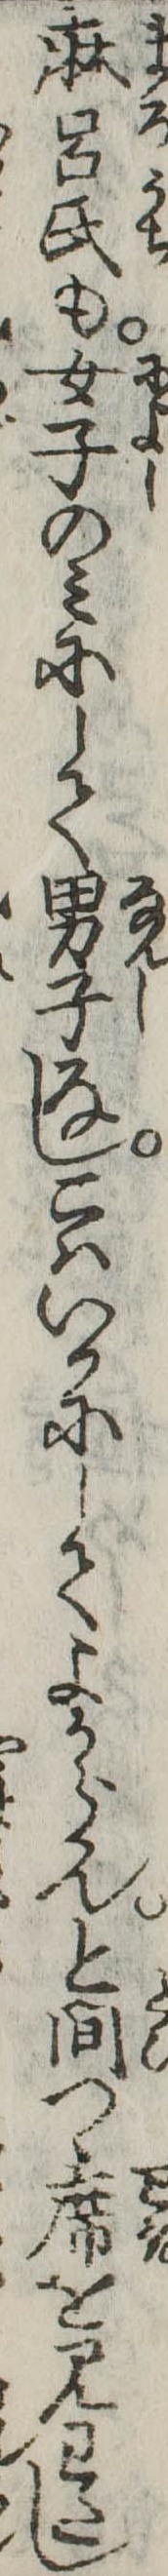
麻呂氏も女子のみにして男子なしこはいかにしてよからんと問つゝ席を見わたし